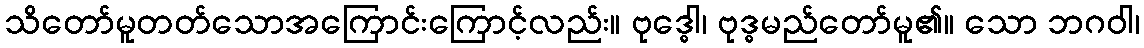
သိတော်မူတတ်သောအကြောင်းကြောင့်လည်း။ ဗုဒ္ဓေါ၊ ဗုဒ္ဓမည်တော်မူ၏။ သော ဘဂဝါ၊